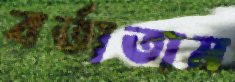
বর্তাতাম